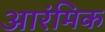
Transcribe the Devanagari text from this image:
आरंमिक